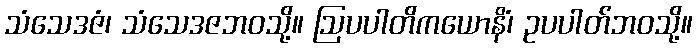
သံသေဒဇံ၊ သံသေဒဇဘဝသို့။ ဩပပါတိကယောနိံ၊ ဥပပါတ်ဘဝသို့။